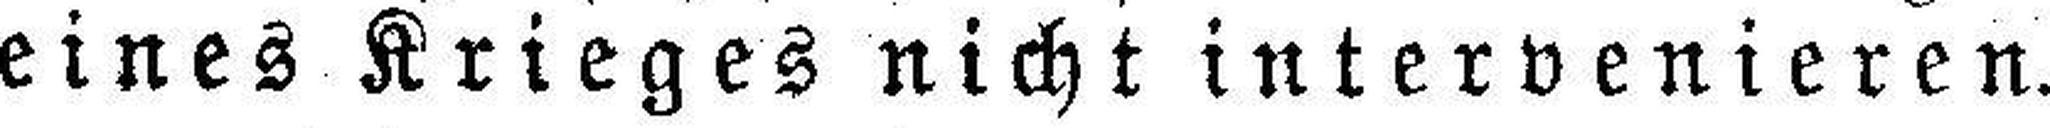
eines Krieges nicht intervenieren.